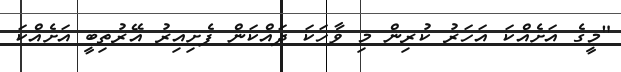
"މީގެ އަށެއްކަ އަހަރު ކުރިން މި ވާހަކަ ދައްކަން ފެށިއިރު އޭރުތިބީ އަށެއްކަ